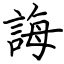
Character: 誨